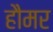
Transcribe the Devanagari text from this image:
हौमर